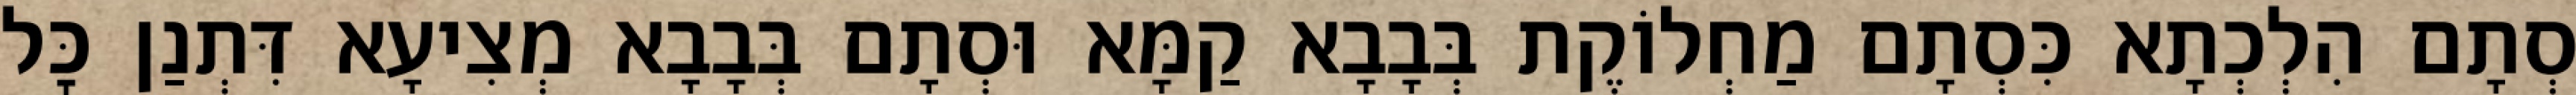
סְתָם הִלְכְתָא כִּסְתָם מַחְלוֹקֶת בְּבָבָא קַמָּא וּסְתָם בְּבָבָא מְצִיעָא דִּתְנַן כׇּל